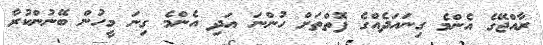
ރާއްޖޭގެ އެންމެ ގިނައަދެއްގެ ފޮތްތަށް ހުންނަ އަދި އެންމެ ގިނަ މީހުން ބޭނުންކުރާ